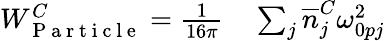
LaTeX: \begin{array}{rl}{W_{\mathrm{~P~a~r~t~i~c~l~e~}}^{C}=\frac{1}{16\pi}}&{{}\sum_{j}\overline{n}_{j}^{C}\omega_{0pj}^{2}}\end{array}